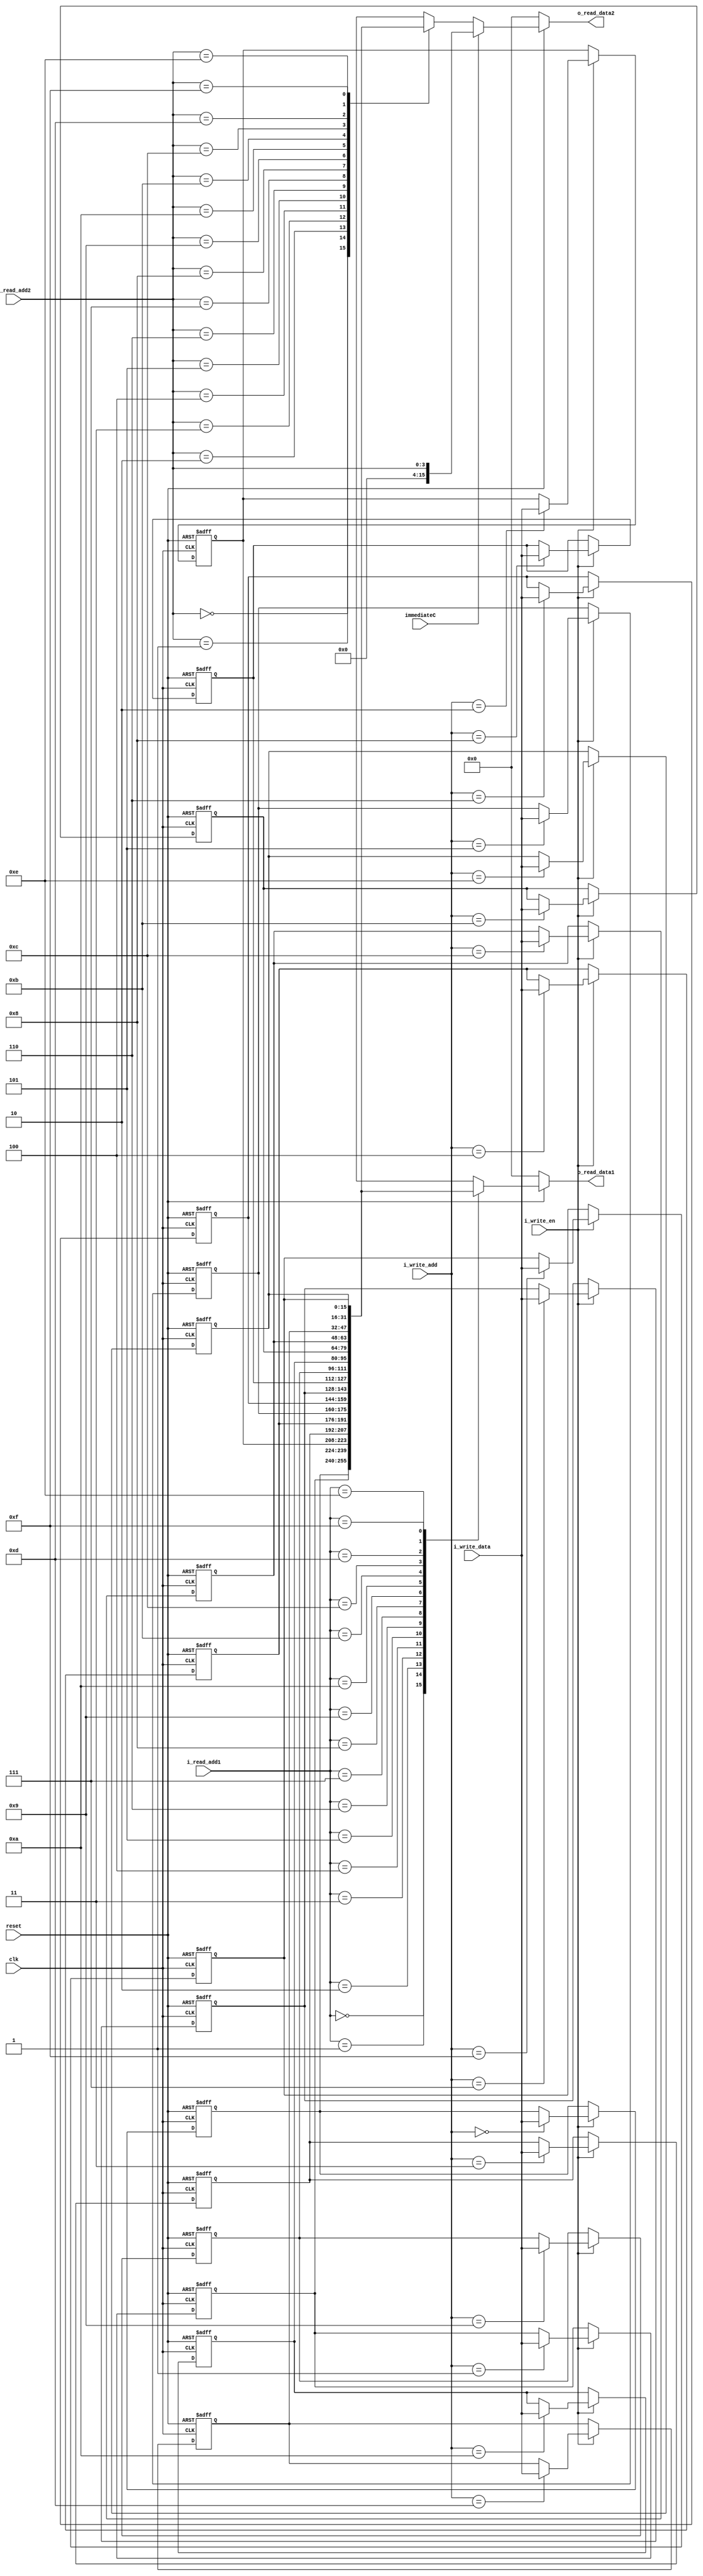
module Register_File(
    input              clk,
    input              reset,
    input              i_write_en,
    input              immediateC,
    input       [3:0]  i_read_add1,
    input       [3:0]  i_read_add2,
    input       [3:0]  i_write_add,
    input       [15:0] i_write_data,
    output reg  [15:0] o_read_data1,
    output reg  [15:0] o_read_data2
);

//resister initialize and write-back(excute)
reg [15:0] registers [0:15];

integer i;
always @(negedge clk or negedge reset) begin //negedge clk for 1clock cycle
    if (~reset) begin
        for (i = 0; i < 16; i = i + 1) begin
            registers[i] <= 16'h0000;
        end
    end
    else if (i_write_en) begin
        registers[i_write_add] <= i_write_data;
    end
end

always@(*)begin
    if(~reset)begin
        o_read_data1 = 0;
        o_read_data2 = 0;
    end
    else if(immediateC)begin
        o_read_data1 = registers[i_read_add1];
        o_read_data2 = {12'd0, i_read_add2};
    end
    else begin
        o_read_data1 = registers[i_read_add1];
        o_read_data2 = registers[i_read_add2];
    end
end

endmodule